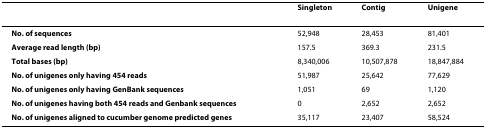
<table><thead><tr><td></td><td><b>Singleton</b></td><td><b>Contig</b></td><td><b>Unigene</b></td></tr></thead><tbody><tr><td><b>No. of sequences</b></td><td>52,948</td><td>28,453</td><td>81,401</td></tr><tr><td><b>Average read length (bp)</b></td><td>157.5</td><td>369.3</td><td>231.5</td></tr><tr><td><b>Total bases (bp)</b></td><td>8,340,006</td><td>10,507,878</td><td>18,847,884</td></tr><tr><td><b>No. of unigenes only having 454 reads</b></td><td>51,987</td><td>25,642</td><td>77,629</td></tr><tr><td><b>No. of unigenes only having GenBank sequences</b></td><td>1,051</td><td>69</td><td>1,120</td></tr><tr><td><b>No. of unigenes having both 454 reads and Genbank sequences</b></td><td>0</td><td>2,652</td><td>2,652</td></tr><tr><td><b>No. of unigenes aligned to cucumber genome predicted genes</b></td><td>35,117</td><td>23,407</td><td>58,524</td></tr></tbody></table>